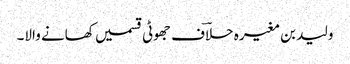
ولید بن مغیرہ حلاؔف جھوٹی قسمیں کھانے والا۔